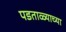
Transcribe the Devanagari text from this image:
पडताळ्याच्या